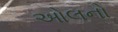
ઓલનો